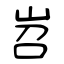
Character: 岧